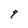
Character: 9